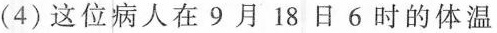
(4)这位病人在9月18日6时的体温